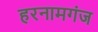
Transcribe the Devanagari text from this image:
हरनामगंज